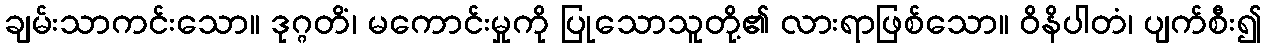
ချမ်းသာကင်းသော။ ဒုဂ္ဂတိံ၊ မကောင်းမှုကို ပြုသောသူတို့၏ လားရာဖြစ်သော။ ဝိနိပါတံ၊ ပျက်စီး၍